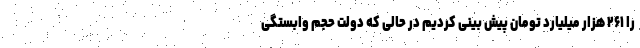
را ۲۶۱ هزار میلیارد تومان پیش بینی کردیم در حالی که دولت حجم وابستگی